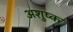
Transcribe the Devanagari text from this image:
अशुष्क